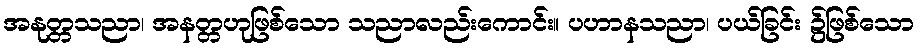
အနုတ္တသညာ၊ အနတ္တဟုဖြစ်သော သညာလည်းကောင်း။ ပဟာနသညာ၊ ပယ်ခြင်း ၌ဖြစ်သော